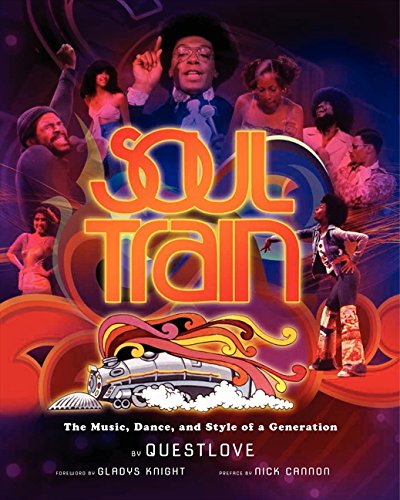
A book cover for Soul Train: The Music, Dance, and Style of a Generation; Questlove; Humor & Entertainment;